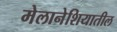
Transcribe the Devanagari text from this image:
मेलानेशियातील